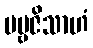
ပဗ္ဗဇိသာဟံ